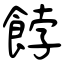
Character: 餑